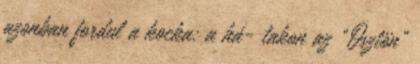
azonban fordul a kocka: a há- takon az "Ösztön"